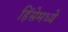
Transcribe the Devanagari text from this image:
हिंसेमध्ये